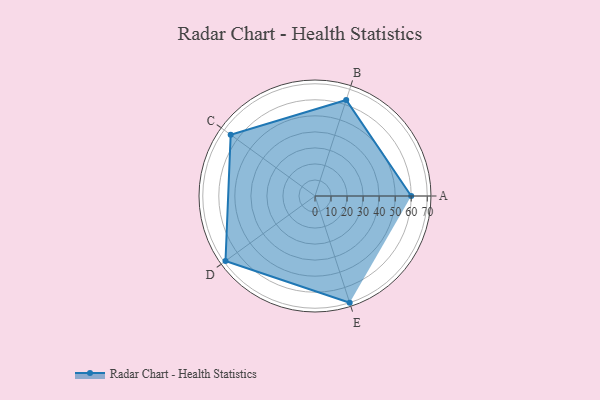
{"axis": {"x": "Skill", "y": "Score"}, "legend": ["Profile"], "data": [{"x": "A", "y": 60.0, "type": "Profile"}, {"x": "B", "y": 63.0, "type": "Profile"}, {"x": "C", "y": 65.0, "type": "Profile"}, {"x": "D", "y": 69.0, "type": "Profile"}, {"x": "E", "y": 70.0, "type": "Profile"}]}